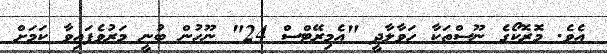
އެވެ. މޮރޮކޯގެ ނޫސްތަކާ ހަވާލާދީ "އެމިރޭޓްސް 24" ނޫހުން ބުނީ މަރުވެފައިވާ ކަމަށް